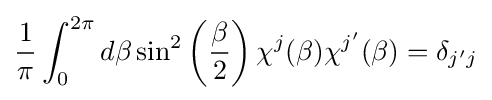
{\frac {1}{\pi }}\int _{0}^{2\pi }d\beta \sin ^{2}\left({\frac {\beta }{2}}\right)\chi ^{j}(\beta )\chi ^{j'}(\beta )=\delta _{j'j}